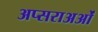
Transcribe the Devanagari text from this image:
अप्सराअओं